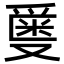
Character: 𬋯